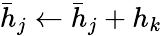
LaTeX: \bar{h}_{j}\leftarrow\bar{h}_{j}+h_{k}